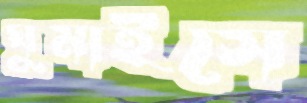
ঘুমাইসে